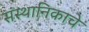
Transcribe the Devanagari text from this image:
संस्थानिकाचे